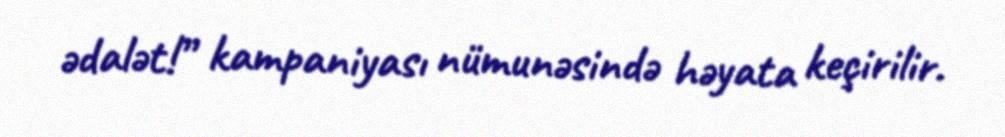
ədalət!” kampaniyası nümunəsində həyata keçirilir.